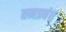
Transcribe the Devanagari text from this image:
वनप्रबंध